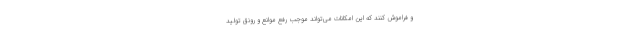
و فراموش کنند که این امکانات می‌تواند موجب رفع موانع و رونق تولید